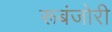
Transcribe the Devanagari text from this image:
रूबंजोरी